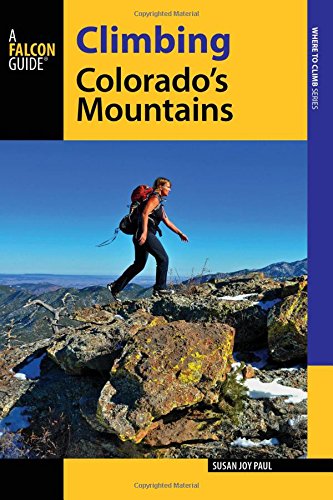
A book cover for Climbing Colorado's Mountains (Climbing Mountains Series); Susan Joy Paul; Sports & Outdoors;